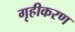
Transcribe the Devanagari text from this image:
गृहीकरण